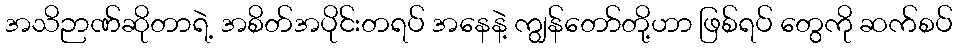
အသိဉာဏ်ဆိုတာရဲ့ အစိတ်အပိုင်းတရပ် အနေနဲ့ ကျွန်တော်တို့ဟာ ဖြစ်ရပ် တွေကို ဆက်စပ်